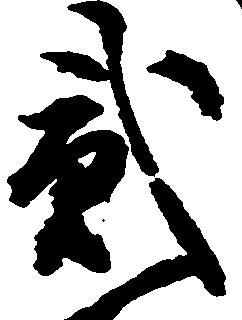
貮